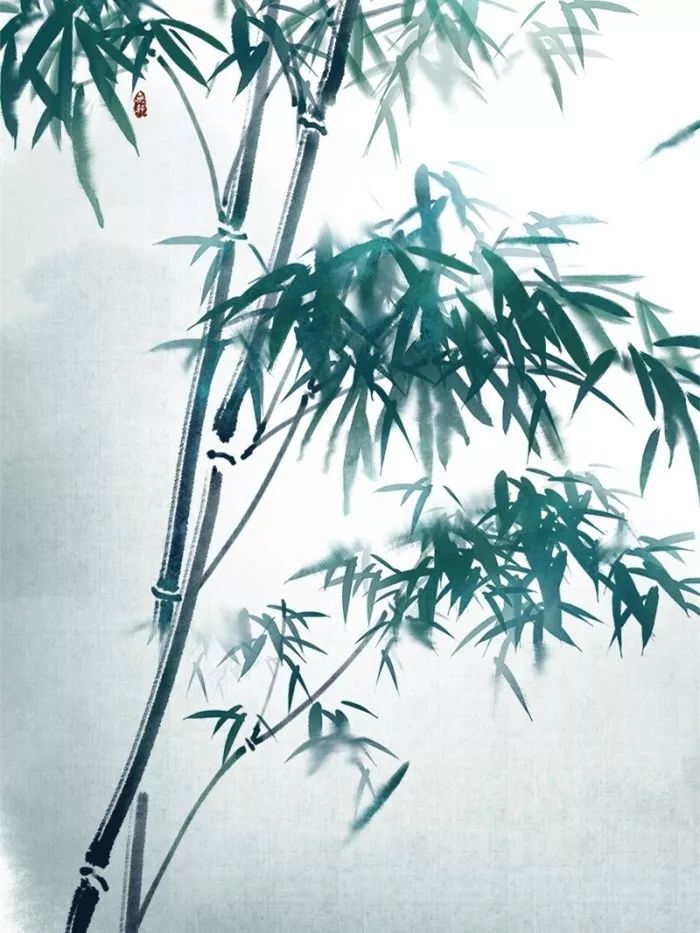
灯火纸窗修竹里，读书声。